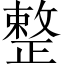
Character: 整